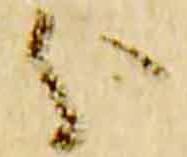
分